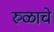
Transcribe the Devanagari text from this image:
रुळाचे